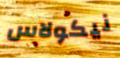
نيكولاس